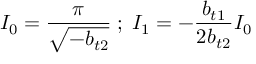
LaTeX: I _ { 0 } = \frac { \pi } { \sqrt { - b _ { t 2 } } } \; ; \; I _ { 1 } = - \frac { b _ { t 1 } } { 2 b _ { t 2 } } I _ { 0 } \;